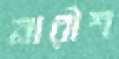
নারীশ